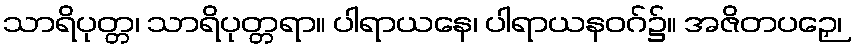
သာရိပုတ္တ၊ သာရိပုတ္တရာ။ ပါရာယနေ၊ ပါရာယနဝဂ်၌။ အဇိတပဉှေ၊